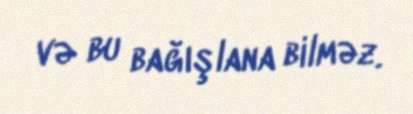
və bu bağışlana bilməz.